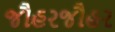
જૌહરજૌહર